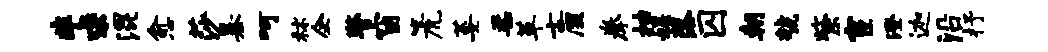
非求混愈莎暴呵秫企警窗篪萎柔革士厘拳抽娱落囚朝虢紫宦澄迦沿抒